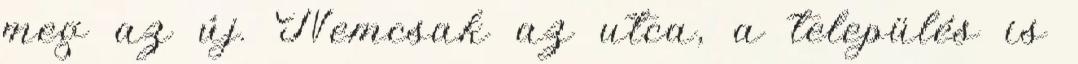
meg az új. Nemcsak az utca, a település is